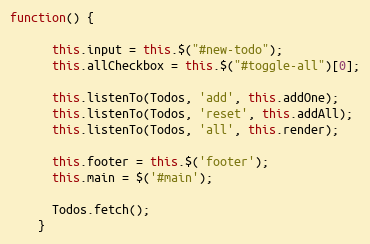
Language: JavaScript
function() {

      this.input = this.$("#new-todo");
      this.allCheckbox = this.$("#toggle-all")[0];

      this.listenTo(Todos, 'add', this.addOne);
      this.listenTo(Todos, 'reset', this.addAll);
      this.listenTo(Todos, 'all', this.render);

      this.footer = this.$('footer');
      this.main = $('#main');

      Todos.fetch();
    }